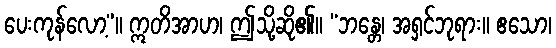
ပေးကုန်လော့”။ ဣတိအာဟ၊ ဤသို့ဆို၏။ “ဘန္တေ၊ အရှင်ဘုရား။ ဧသော၊